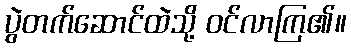
ပွဲတက်ဆောင်ထဲသို့ ဝင်လာကြ၏။